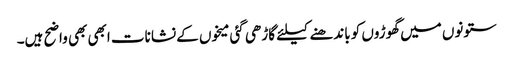
ستونوں میں گھوڑوں کو باندھنے کیلئے گاڑھی گئی میخوں کے نشانات ابھی بھی واضح ہیں۔